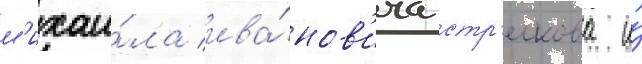
м'ихаи́ла ива́нов'ича стр'елкова и́